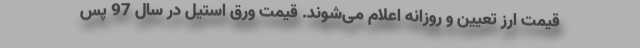
قیمت ارز تعیین و روزانه اعلام می‌شوند. قیمت ورق استیل در سال 97 پس